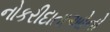
નોકરીદાતાઓનો